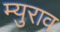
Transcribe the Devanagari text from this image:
म्युराव